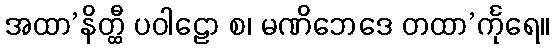
အထာ’နိတ္ထီ ပဝါဠော စ၊ မဏိဘေဒေ တထာ’င်္ကုရေ။